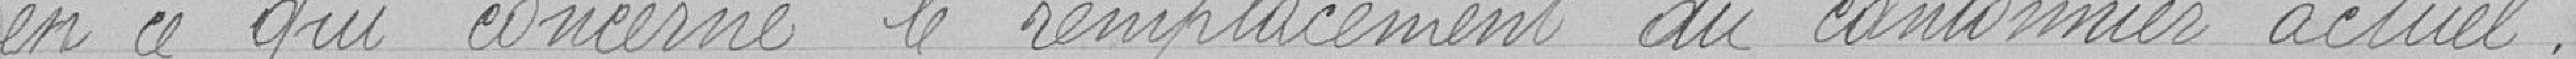
en ce qui concerne le remplacement du cantonnier actuel.